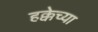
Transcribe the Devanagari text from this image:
हक्केच्या